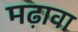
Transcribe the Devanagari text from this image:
मढ़ावा